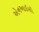
એનઆઈસી